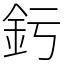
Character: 釫